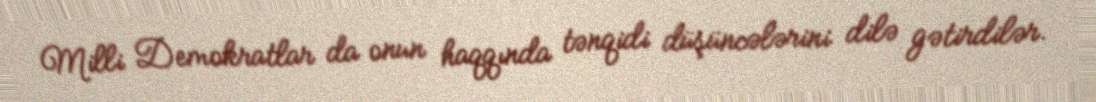
Milli Demokratlar da onun haqqında tənqidi düşüncələrini dilə gətirdilər.